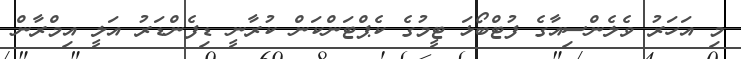
މި އަހަރު ވެލެންސިއާގެ ފުޓްބޯޅަ ޓީމުގެ ކެޕްޓަންކަން ކުރާނީ ޑިފެންޑަރު އަލީ އިމްރާން